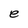
Character: e